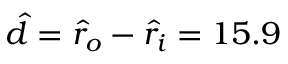
\hat { d } = \hat { r } _ { o } - \hat { r } _ { i } = 1 5 . 9